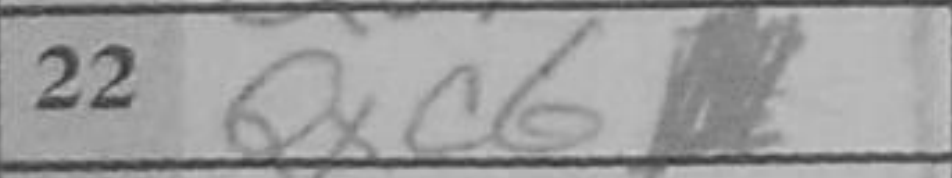
Transcription: Qxc6